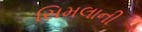
સિમલાની